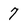
Character: 7